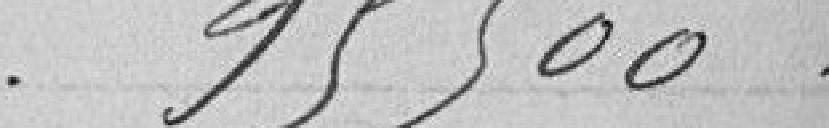
95 500